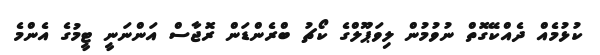
ކުޅުމެއް ދެއްކޭގޮތް ނުވުމުން ލިވަޕޫލްގެ ކޯޗު ބްރެންޑަން ރޮޖާސް އަންނަނީ ޓީމުގެ އެންމެ